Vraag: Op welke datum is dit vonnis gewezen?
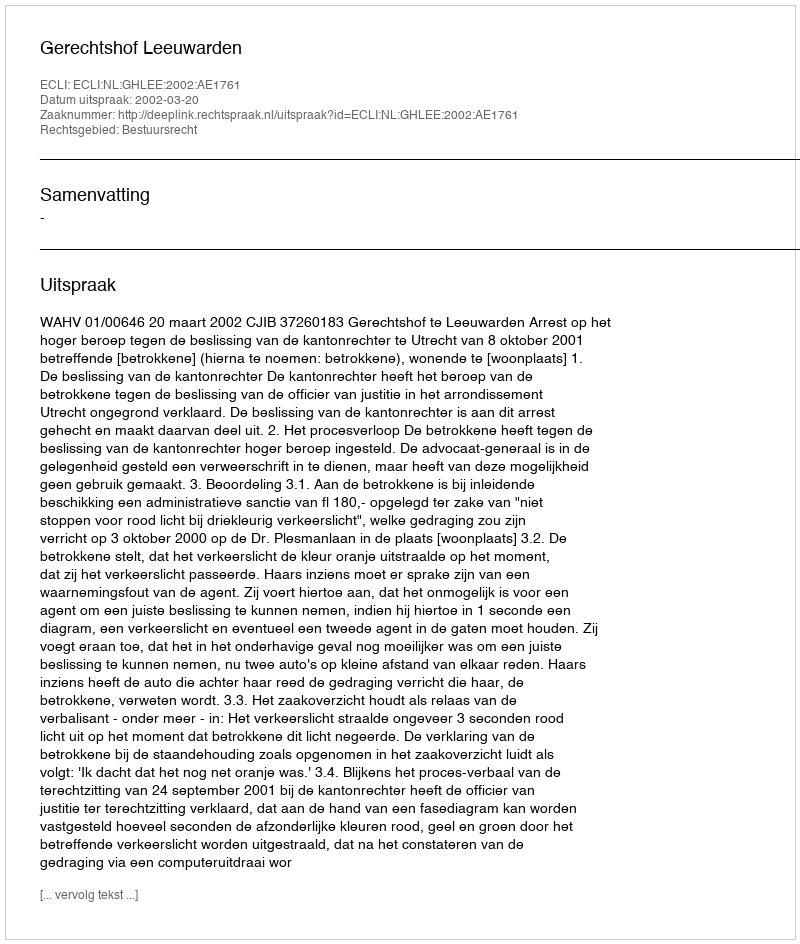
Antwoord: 2002-03-20